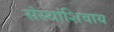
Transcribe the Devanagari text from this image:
संस्थांशिवाय